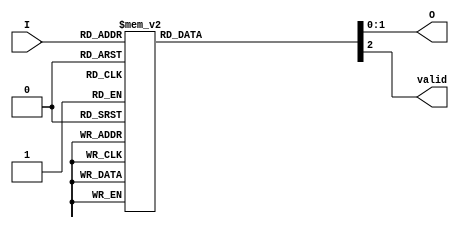
module one_of_n_encoder (
    input wire [3:0] I,      // N inputs (4 inputs in this case)
    output reg [1:0] O,      // M outputs (2 bits for 4 inputs)
    output reg valid         // Indicates if the output is valid
);

always @(*) begin
    // Default values
    O = 2'b00;  // Default output
    valid = 1'b0; // Default valid signal

    case (I)
        4'b0001: begin O = 2'b00; valid = 1'b1; end // I[0] is active
        4'b0010: begin O = 2'b01; valid = 1'b1; end // I[1] is active
        4'b0100: begin O = 2'b10; valid = 1'b1; end // I[2] is active
        4'b1000: begin O = 2'b11; valid = 1'b1; end // I[3] is active
        4'b0011: begin O = 2'b01; valid = 1'b1; end // I[1] has priority over I[0]
        4'b0101: begin O = 2'b10; valid = 1'b1; end // I[2] has priority over I[0]
        4'b1001: begin O = 2'b11; valid = 1'b1; end // I[3] has priority over I[0]
        4'b1010: begin O = 2'b11; valid = 1'b1; end // I[3] has priority over I[1]
        4'b1100: begin O = 2'b11; valid = 1'b1; end // I[3] has priority over I[2]
        4'b1110: begin O = 2'b11; valid = 1'b1; end // I[3] has priority over I[1] and I[2]
        4'b1111: begin O = 2'b11; valid = 1'b1; end // I[3] has priority over I[0], I[1], I[2]
        default: begin O = 2'b00; valid = 1'b0; end // No inputs active or invalid state
    endcase
end

endmodule